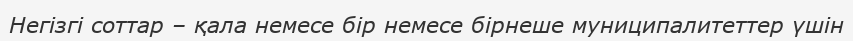
Негізгі соттар – қала немесе бір немесе бірнеше муниципалитеттер үшін